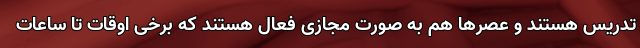
تدریس هستند و عصرها هم به صورت مجازی فعال هستند که برخی اوقات تا ساعات